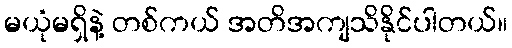
မယုံမရှိနဲ့ တစ်ကယ် အတိအကျသိနိုင်ပါတယ်။